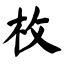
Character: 枚